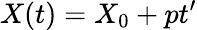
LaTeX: X(t)=X_{0}+pt^{\prime}